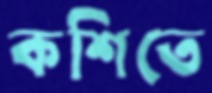
কশিতে